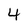
Character: 4